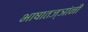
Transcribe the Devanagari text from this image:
भाषातज्ञांनी